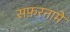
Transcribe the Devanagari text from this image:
सफ़रनामे